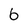
Character: b